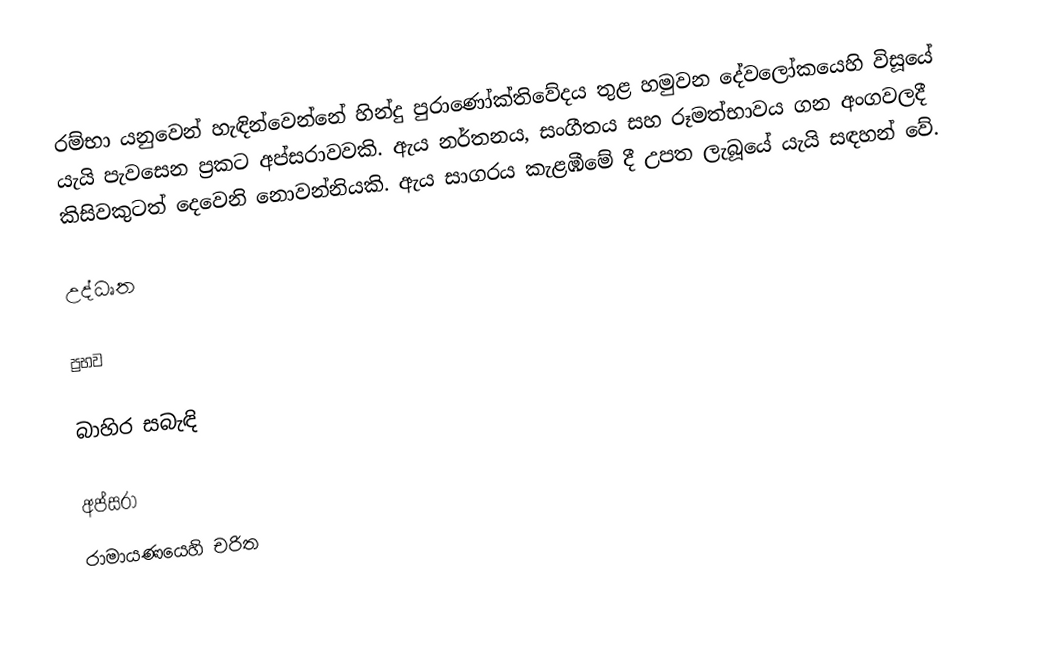
රම්භා යනුවෙන් හැඳින්වෙන්නේ හින්දු පුරාණෝක්තිවේදය තුළ හමුවන දේවලෝකයෙහි විසූයේ යැයි පැවසෙන ප්‍රකට අප්සරාවවකි. ඇය නර්තනය, සංගීතය සහ රූමත්භාවය ගන අංගවලදී කිසිවකුටත් දෙවෙනි නොවන්නියකි. ඇය සාගරය කැළඹීමේ දී උපත ලැබූයේ යැයි සඳහන් වේ.

උද්ධෘත

ප්‍රභව

බාහිර සබැඳි

අප්සරා
රාමායණයෙහි චරිත